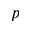
p